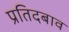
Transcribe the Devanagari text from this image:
प्रतिदबाव